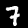
Label: 7